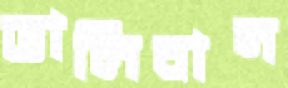
তালিবান